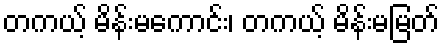
တကယ့် မိန်းမကောင်း၊ တကယ့် မိန်းမမြတ်